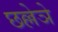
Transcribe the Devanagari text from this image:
छल्लेञे